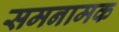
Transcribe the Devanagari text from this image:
समनामक